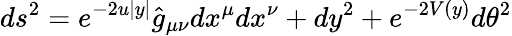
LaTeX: ds^{2}=e^{-2u|y|}\hat{g}_{\mu\nu}dx^{\mu}dx^{\nu}+dy^{2}+e^{-2V(y)}d\theta^{2}